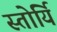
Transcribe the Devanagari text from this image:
स्तोर्यि